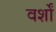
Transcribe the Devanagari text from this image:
वर्शों